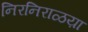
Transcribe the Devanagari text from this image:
निरनिराळय़ा